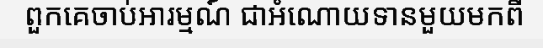
ពួកគេចាប់អារម្មណ៍ ជាអំណោយទានមួយមកពី